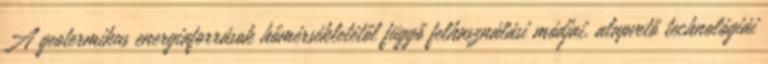
A geotermikus energiaforrások hőmérsékletétől függő felhasználási módjai, alapvető technológiái